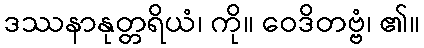
ဒဿနာနုတ္တရိယံ၊ ကို။ ဝေဒိတဗ္ဗံ၊ ၏။